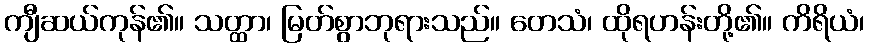
ကျီဆယ်ကုန်၏။ သတ္ထာ၊ မြတ်စွာဘုရားသည်။ တေသံ၊ ထိုရဟန်းတို့၏။ ကိရိယံ၊